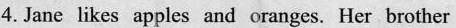
4.Jane likes apples and oranges. Her brother